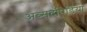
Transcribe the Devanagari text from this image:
अब्सर्दोपेडिया